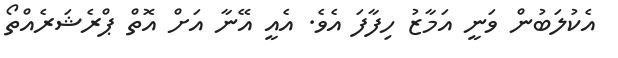
އެކުލަބުން ވަނީ އަމާޒު ހިފާފަ އެވެ. އެއީ އޭނާ އަށް އޮތް ޕްރެޝަރެއްތޯ